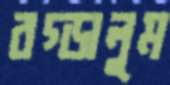
রগ্‌ড়ালুম